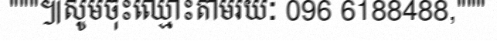
"""៕សូមចុះឈ្មោះតាមរយៈ 096 6188488,"""